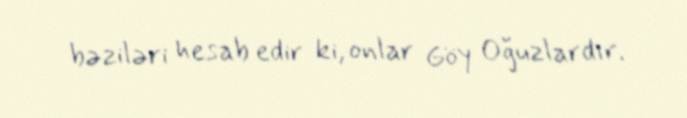
bəziləri hesab edir ki, onlar Göy Oğuzlardır.